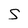
Character: S